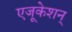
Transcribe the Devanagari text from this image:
एजूकेशन्